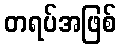
တရပ်အဖြစ်